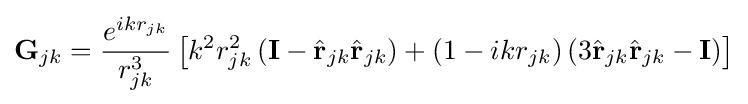
\mathbf {G} _{jk}={\frac {e^{ikr_{jk}}}{r_{jk}^{3}}}\left[k^{2}r_{jk}^{2}\left(\mathbf {I} -{\hat {\mathbf {r} }}_{jk}{\hat {\mathbf {r} }}_{jk}\right)+\left(1-ikr_{jk}\right)\left(3{\hat {\mathbf {r} }}_{jk}{\hat {\mathbf {r} }}_{jk}-\mathbf {I} \right)\right]